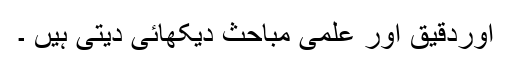
اوردقیق اور علمی مباحث دیکھائی دیتی ہیں ۔